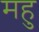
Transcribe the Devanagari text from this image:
महु